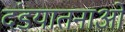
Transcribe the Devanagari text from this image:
दंडयातनाओं